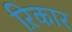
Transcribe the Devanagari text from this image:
ऱिकार